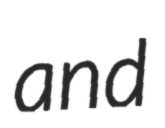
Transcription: and